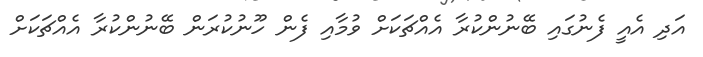
އަދި އެއީ ފެނުގައި ބޭނުންކުރާ އެއްޗަކަށް ވުމާއި ފެން ހޫނުކުރަން ބޭނުންކުރާ އެއްޗަކަށް